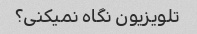
تلویزیون نگاه نمیکنی؟